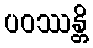
ပဝဿန္တိ